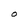
Character: O